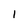
Character: 1